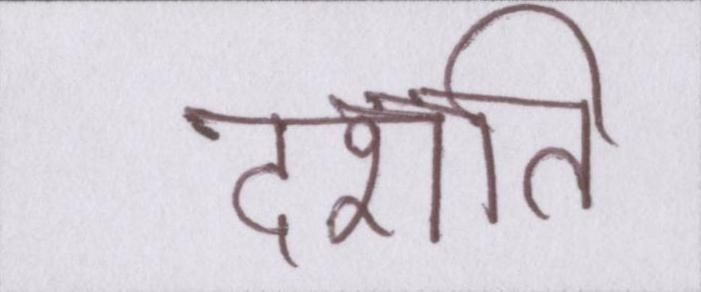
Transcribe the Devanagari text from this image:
दर्शाते